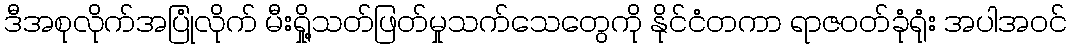
ဒီအစုလိုက်အပြုံလိုက် မီးရှို့သတ်ဖြတ်မှုသက်သေတွေကို နိုင်ငံတကာ ရာဇဝတ်ခုံရုံး အပါအဝင်